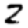
Digit: 2